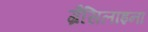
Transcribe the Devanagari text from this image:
ग्रैसिलाइना